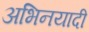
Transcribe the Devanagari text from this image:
अभिनयादी